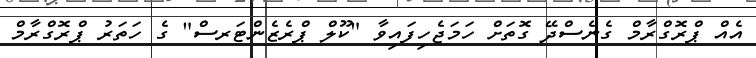
އެއް ޕްރޮގްރާމް ގެނެސްދޭ ގޮތަށް ހަމަޖެހިފައިވާ "ކޫލް ޕްރެޒެންޓަރސް" ގެ ހަތަރު ޕްރޮގްރާމް